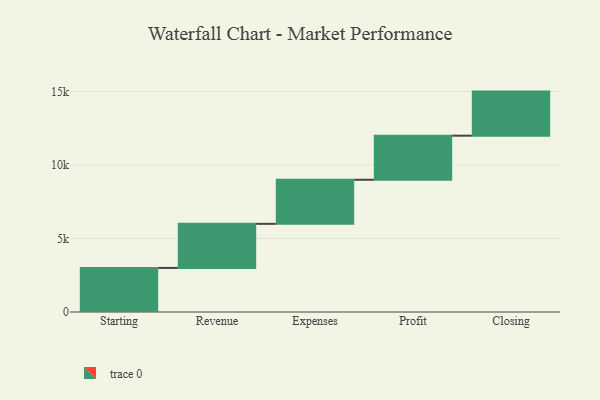
{"axis": {"x": "Step", "y": "Value"}, "legend": [""], "data": [{"x": "Starting", "y": 3000, "type": ""}, {"x": "Revenue", "y": 3000, "type": ""}, {"x": "Expenses", "y": 3000, "type": ""}, {"x": "Profit", "y": 3000, "type": ""}, {"x": "Closing", "y": 3000, "type": ""}]}